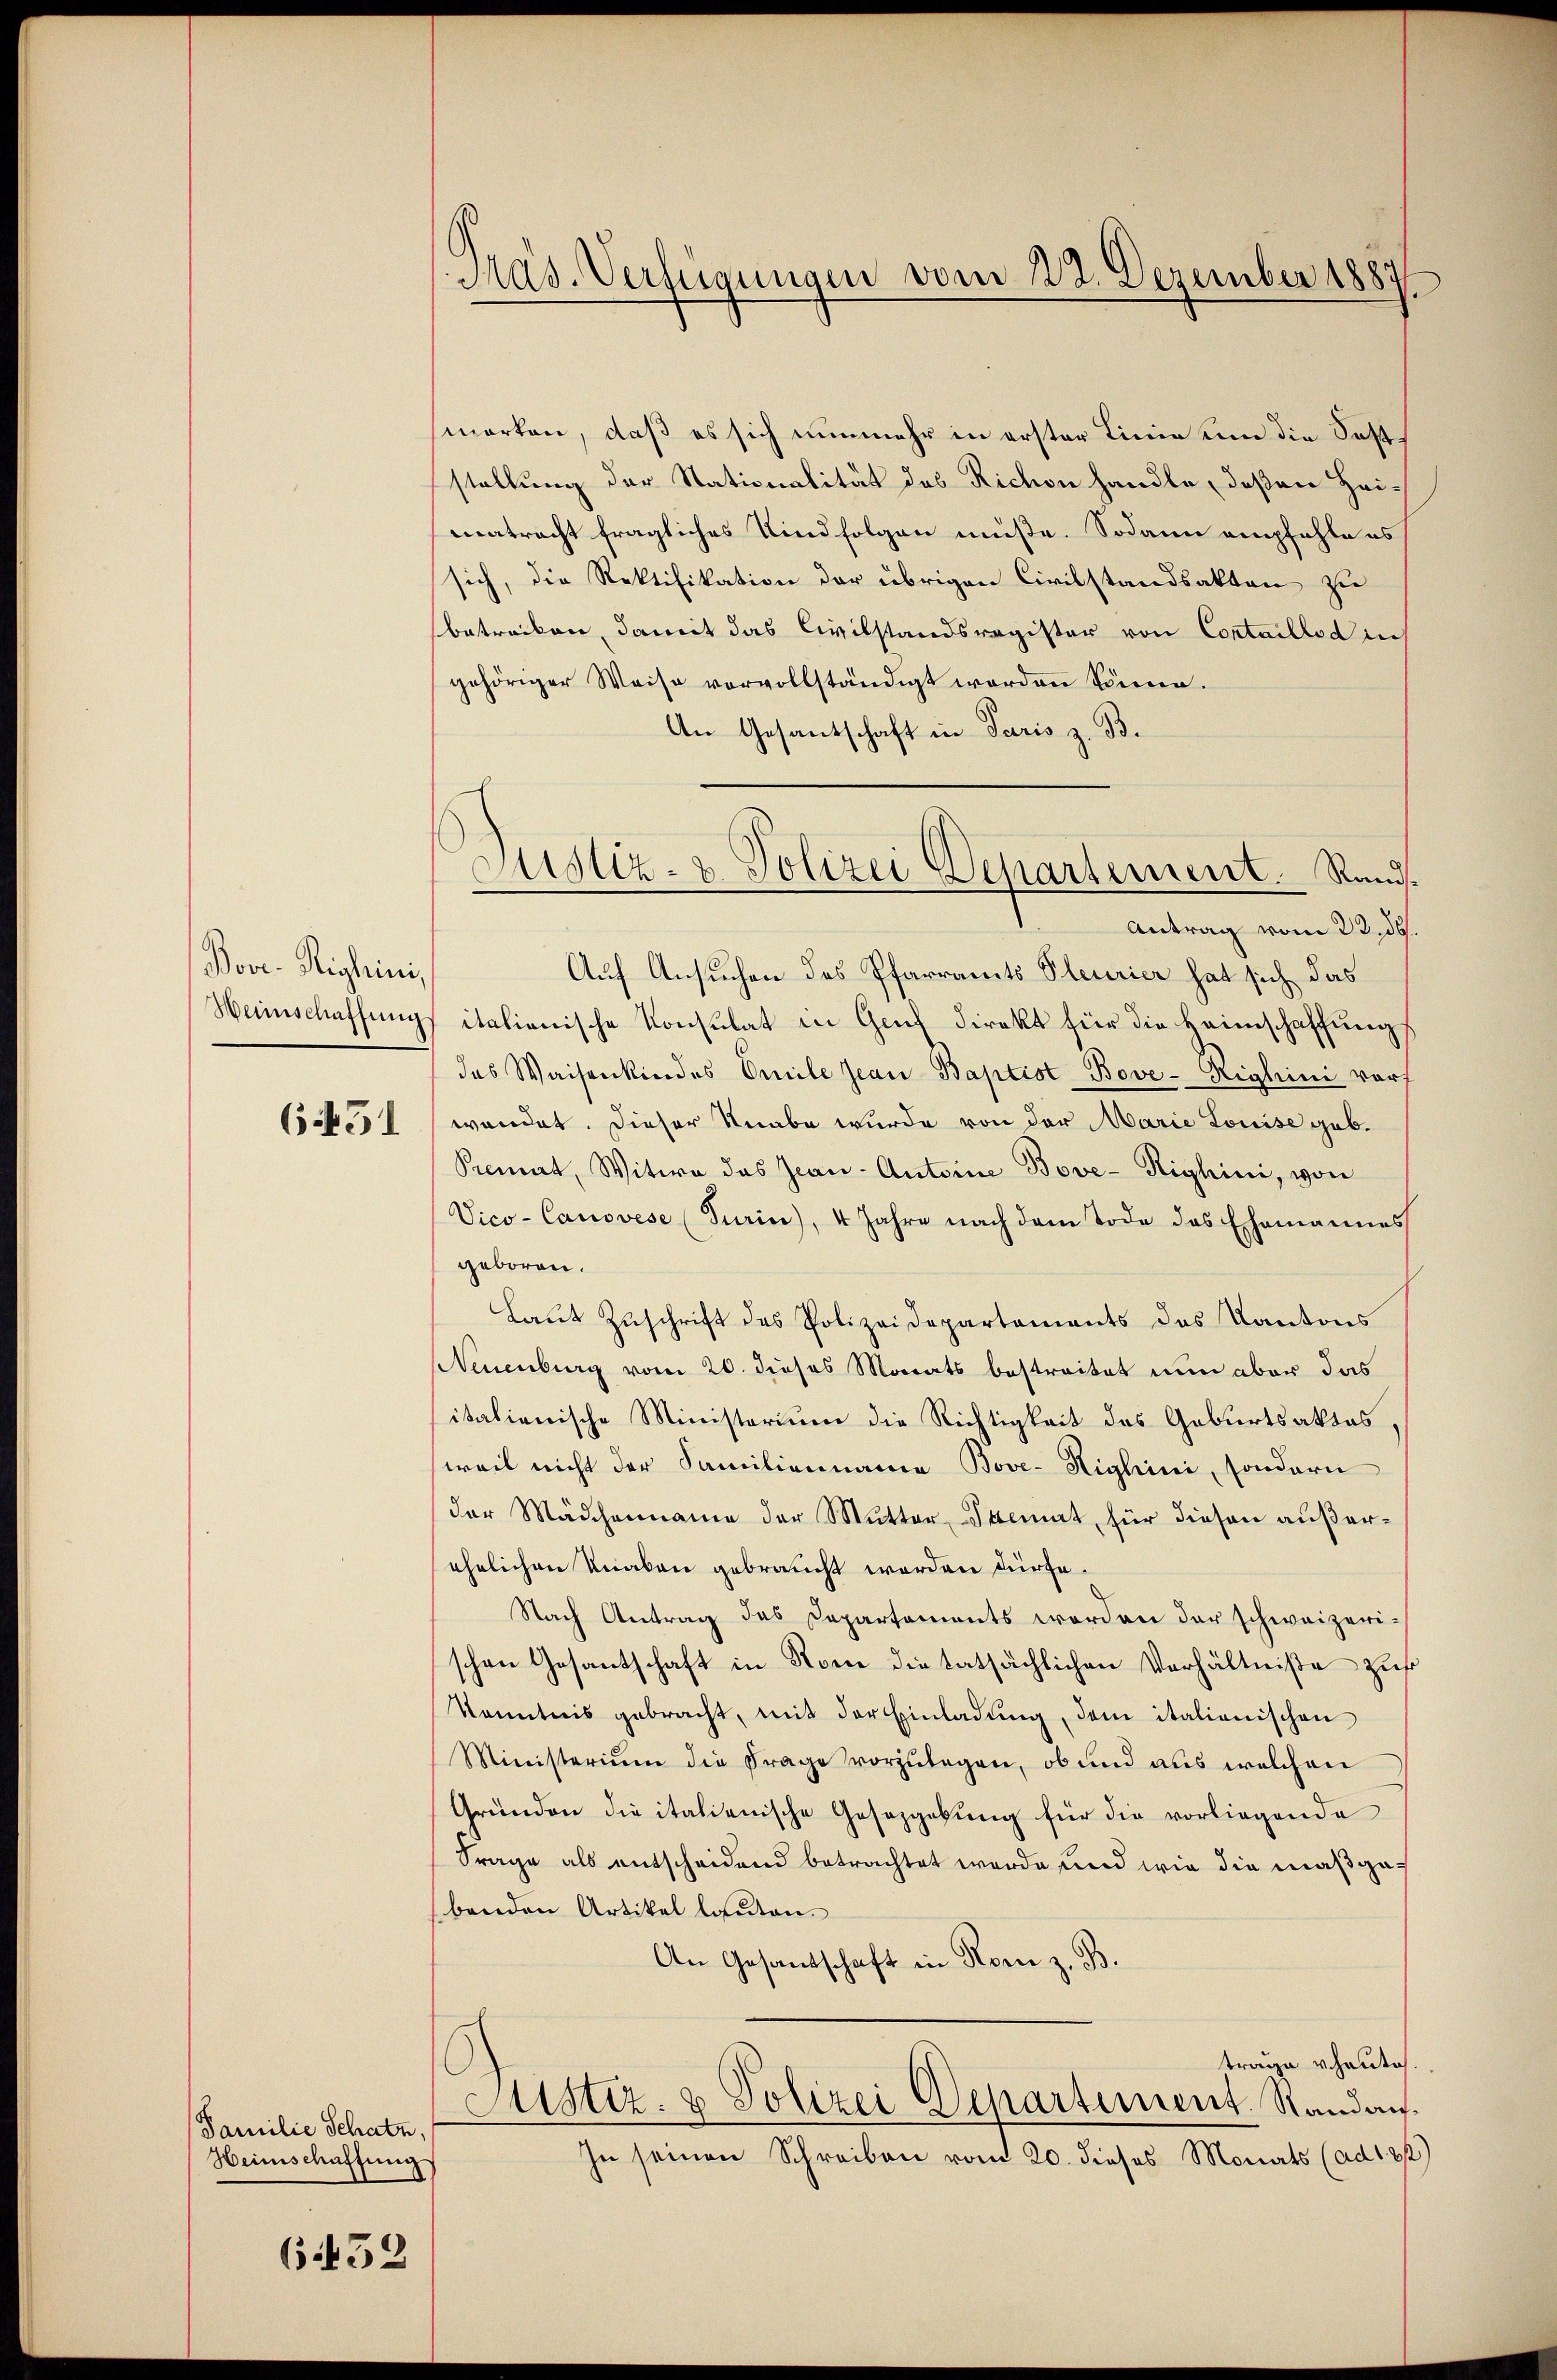
Pove-Righini,

64451

Familie Schatz,
Heimschaftung

652

Mad. Verfügungen vom 22. Dezember 1887

marken, daß es sich nunmehr in erster Linie um die Feststellung der Stationalität des Richon handle, deßen Heimatracht fragliches Kind folgen müße. Sodann empfehle es
sich, die Rektifikation der übrigen Civilstandsakten zu
betracken, damit das Civilstandsregister von Contaillod in
gehöriger Weise vervollständigt worden könne.
An Gesandschaft in Paris z. B.
Auf Ansuchen des Pfarramts Pleurier hat sich das
Heischaffungs italienische Konsulat in Gent direkt für die Heimschaffung
des Waisenkindes Omile Jean Baptist Bove-Righini vor
wendet. Dieser Knabe wurde von der Marie Louise geb.
Pimat, Witwe das Jean - Antoine Bove-Righini, von
Vico- Canovese (Turin), 4 Jahre nach dem Tode das Ehemannes
geboren.
Laŭt Zŭschrift des Polizeidepartements des Kantons
Neuenburg vom 20. dieses Monats bestreitet nun aber das
italienische Ministerium die Richtigkeit des Geburtsaktes,
weil nicht der Familienname Bove-Higleini, sondern
der Mädchenname der Mutter Stimat, für diesen außerehelichen Knaben gebraucht worden dürfe.
Nach Antrag des Departements worden der schweizeri-
schen Gesantschaft in Rom die tatsächlichen Verhältniße zur
Kenntnis gebracht, mit der Einladung, dem italienischen
Ministerium die Frage vorzulegen, ob und aus welchen
Gründen die italienische Gesetzgebung für die vorliegende
Frage als entscheidend betrachtet werde und wie die maßgebenden Artikel lauten.
An Gesandschaft in Rom z. B.
trage heute.
Astiz- & Polizei Departement. Standan¬
In seinen Schreiben vom 20. dieses Monats (ad 122)

Justiz- & Polizei Departement. Rand¬
Antrag vom 22. ds.